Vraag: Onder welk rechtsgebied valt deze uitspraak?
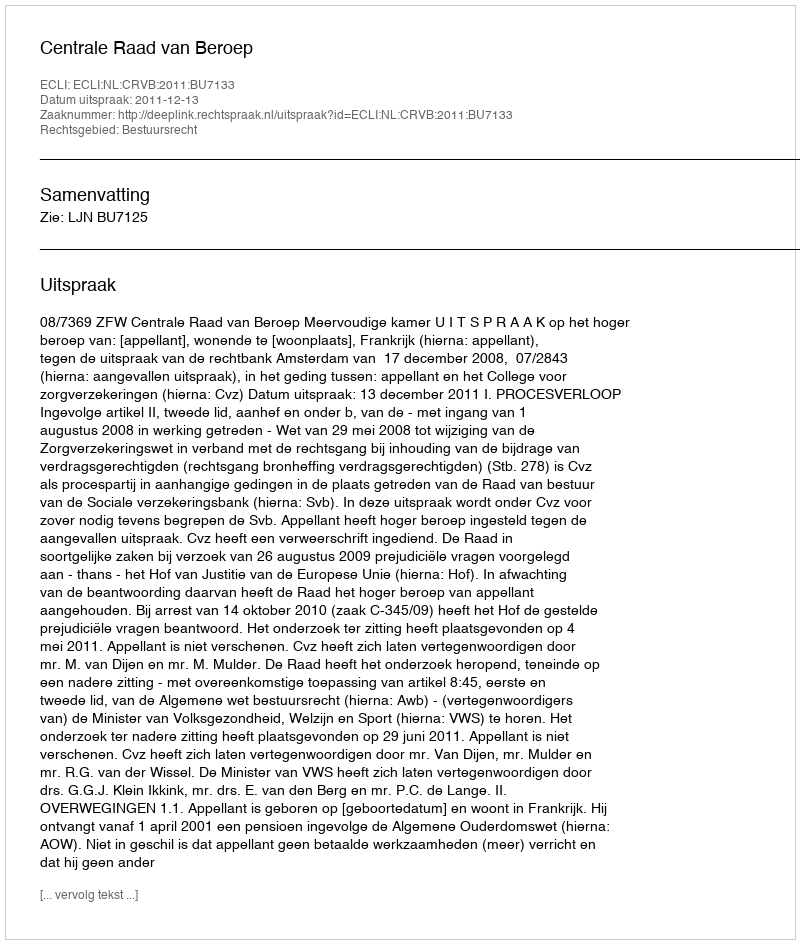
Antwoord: Bestuursrecht